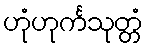
ဟုံဟုင်္ကသုတ္တံ